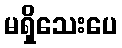
မရှိသေးပေ